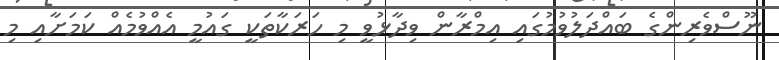
ނޫސްވެރިންގެ ބައްދަލުވުމުގައި އިމްރާން ވިދާޅުވީ މި ހަރަކާތަކީ ގައުމީ އެއްވުމެއް ކަމަށާއި މި